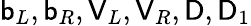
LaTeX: \mathsf{b}_{L},\mathsf{b}_{R},\mathsf{V}_{L},\mathsf{V}_{R},\mathsf{D},\mathsf{D}_{1}